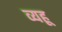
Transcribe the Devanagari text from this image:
व्यहू